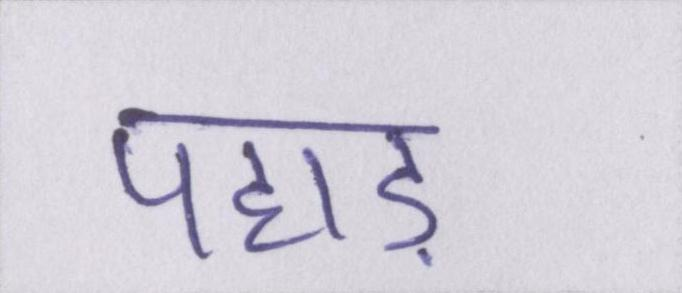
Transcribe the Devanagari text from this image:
पहाड़